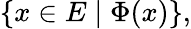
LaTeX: \{ x\in E\mid\Phi(x)\} ,